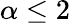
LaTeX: \alpha\leq 2